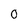
Character: 0